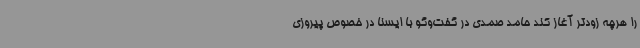
را هرچه زودتر آغاز کند حامد صمدی در گفت‌وگو با ایسنا در خصوص پیروزی